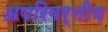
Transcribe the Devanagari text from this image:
अपरिवर्नीय